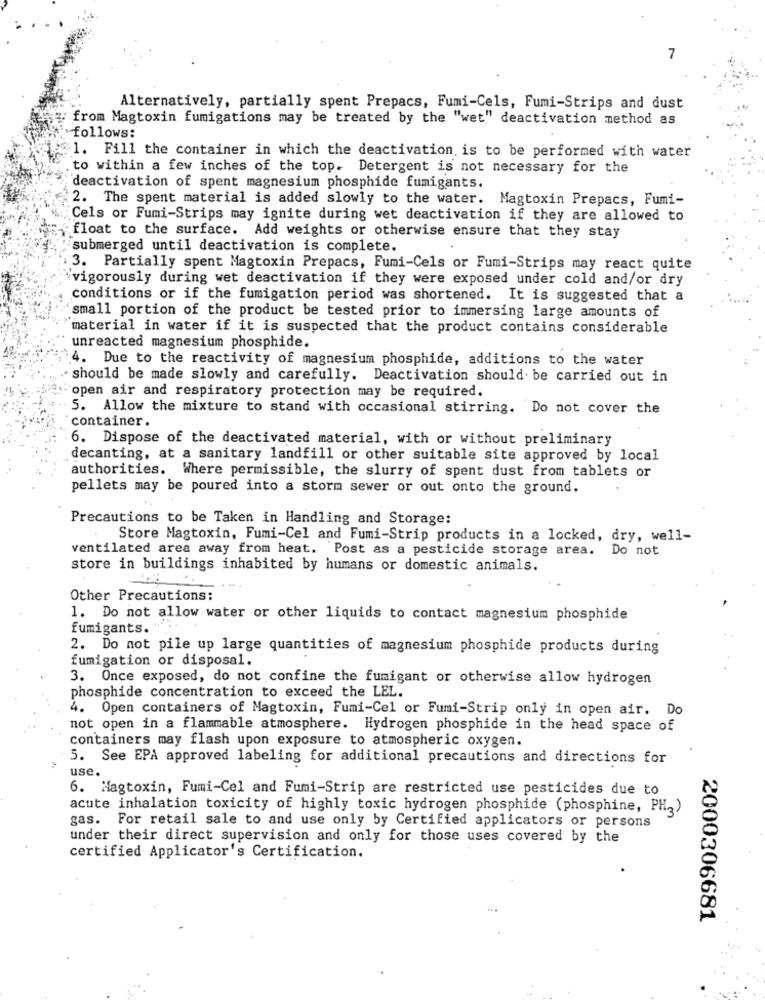
7
Alternatively, partially spent Prepacs, Fumi-Cels, Fumi-Strips and dust
from Magtoxin fumigations may be treated by the "wet" deactivation method as
follows:
1. Fill the container in which the deactivation is to be performed with water
to within a few inches of the top. Detergent is not necessary for the
deactivation of spent magnesium phosphide fumigants.
2. The spent material is added slowly to the water. Magtoxin Prepacs, Fumi-
Cels or Fumi-Strips may ignite during wet deactivation if they are allowed to
float to the surface. Add weights or otherwise ensure that they stay
submerged until deactivation is complete.
3. Partially spent Magtoxin Prepacs, Fumi-Cels or Fumi-Strips may react quite
`vigorously during wet deactivation if they were exposed under cold and/or dry
conditions or if the fumigation period was shortened. It is suggested that a
small portion of the product be tested prior to immersing large amounts of
material in water if it is suspected that the product contains considerable
unreacted magnesium phosphide.
4. Due to the reactivity of magnesium phosphide, additions to the water
should be made slowly and carefully. Deactivation should be carried out in
open air and respiratory protection may be required.
5. Allow the mixture to stand with occasional stirring. Do not cover the
container.
6. Dispose of the deactivated material, with or without preliminary
decanting, at a sanitary landfill or other suitable site approved by local
authorities. Where permissible, the slurry of spent dust from tablets or
pellets may be poured into a storm sewer or out onto the ground.
Precautions to be Taken in Handling and Storage:
Store Magtoxin, Fumi-Cel and Fumi-Strip products in a locked, dry, well-
ventilated area away from heat. Post as a pesticide storage area.
Do not
store in buildings inhabited by humans or domestic animals.
Other Precautions:
1. Do not allow water or other liquids to contact magnesium phosphide
fumigants.
2. Do not pile up large quantities of magnesium phosphide products during
fumigation or disposal.
3. Once exposed, do not confine the fumigant or otherwise allow hydrogen
phosphide concentration to exceed the LEL.
4. Open containers of Magtoxin, Fumi-Cel or Fumi-Strip only in open air. Do
not open in a flammable atmosphere. Hydrogen phosphide in the head space of
containers may flash upon exposure to atmospheric oxygen.
5. See EPA approved labeling for additional precautions and directions for
use.
6. Magtoxin, Fumi-Cel and Fumi-Strip are restricted use pesticides due to
acute inhalation toxicity of highly toxic hydrogen phosphide (phosphine, PH2)
gas.
For retail sale to and use only by Certified applicators or persons
under their direct supervision and only for those uses covered by the
certified Applicator's Certification.
2000306681